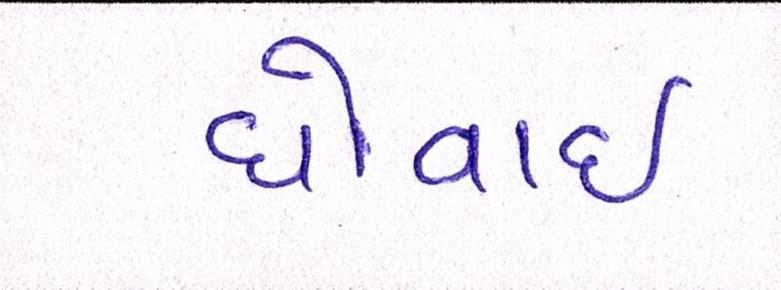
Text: ધોવાઇ